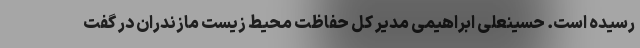
رسیده است. حسینعلی ابراهیمی مدیر کل حفاظت محیط زیست مازندران در گفت